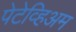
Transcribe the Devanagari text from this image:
पेटेव्हिअम